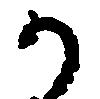
か